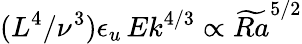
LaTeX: (L^{4}/\nu^{3})\epsilon_{u}\, Ek^{4/3}\propto\widetilde{Ra}^{5/2}